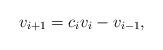
LaTeX: \begin{align*}v_{i+1}=c_iv_i-v_{i-1},\end{align*}